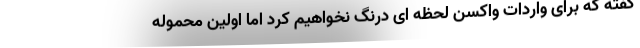
گفته که برای واردات واکسن لحظه ای درنگ نخواهیم کرد اما اولین محموله